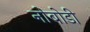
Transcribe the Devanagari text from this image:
नोबोडी